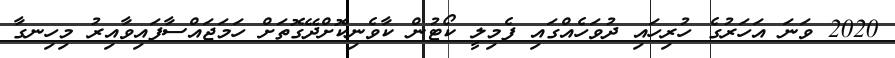
2020 ވަނަ އަހަރުގެ ހުރިހައި ދުވަހެއްގައި ފެމިލީ ކޯޓުން ކާވެނިކޮށްދޭގޮތަށް ހަމަޖައްސާފައިވާއިރު މިހިނގާ